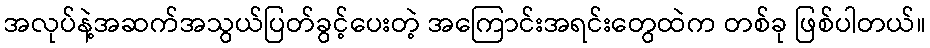
အလုပ်နဲ့အဆက်အသွယ်ပြတ်ခွင့်ပေးတဲ့ အကြောင်းအရင်းတွေထဲက တစ်ခု ဖြစ်ပါတယ်။